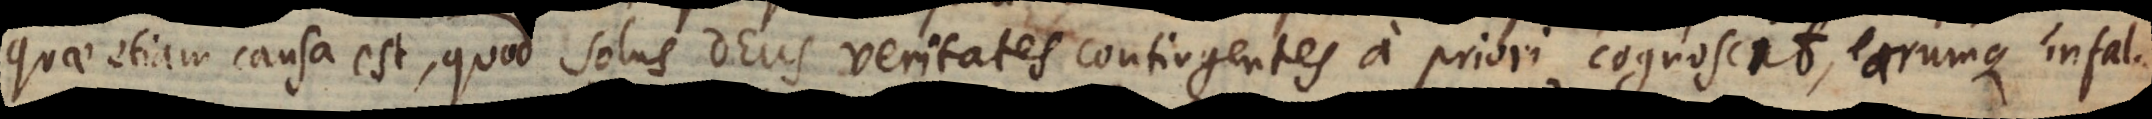
etiam causa est, quod solus Deus veritates contingentes a priori cognoscat cognoscit, earumque infal